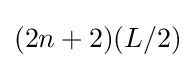
{\textstyle (2n+2)(L/2)}